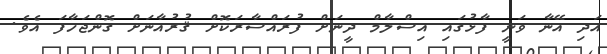
އަދި އޭނާ ވަނީ ފާޅުގައި އިސްލާމް ދީނަށް ފުރައްސާރަކޮށް ޤުރުއާނަށް ގޮންޖަހާފަ އެވެ.